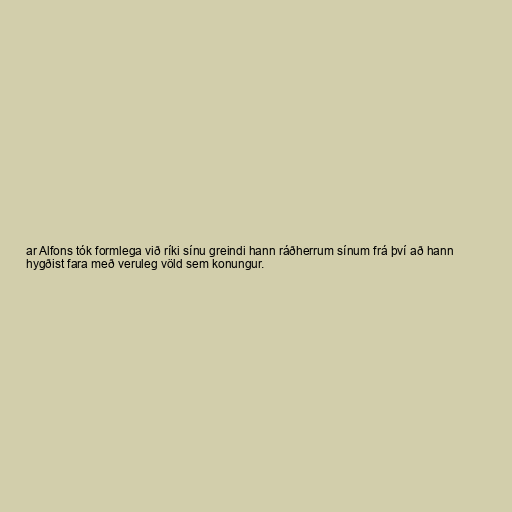
ar Alfons tók formlega við ríki sínu greindi hann ráðherrum sínum frá því að hann
hygðist fara með veruleg völd sem konungur.